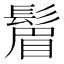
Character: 𬴮